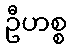
ဦဟစ္စ